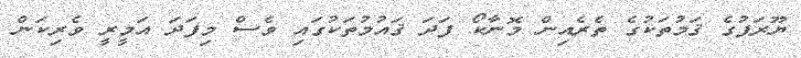
ޔޫރަޕުގެ ޤަމުތަކުގެ ތެރެއިން މޮނާކޯ ފަދަ ޤައުމުތަކުގައި ވެސް މިފަދަ އަމީރީ ވެރިކަން